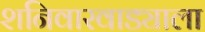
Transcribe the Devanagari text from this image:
शनिवारवाड्याला